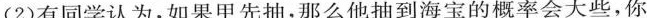
(2)有同学认为，如果甲先抽，那么他抽到海宝的概率会大些，你